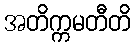
အတိက္ကမတီတိ